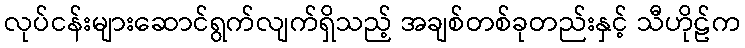
လုပ်ငန်းများဆောင်ရွက်လျက်ရှိသည့် အချစ်တစ်ခုတည်းနှင့် သီဟိုဠ်က